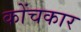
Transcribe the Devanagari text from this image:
कोंचकार